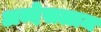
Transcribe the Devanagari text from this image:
अब्देसलाम